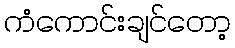
ကံကောင်းချင်တော့